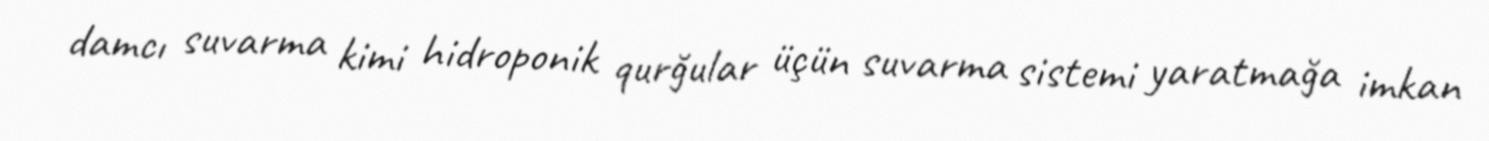
damcı suvarma kimi hidroponik qurğular üçün suvarma sistemi yaratmağa imkan